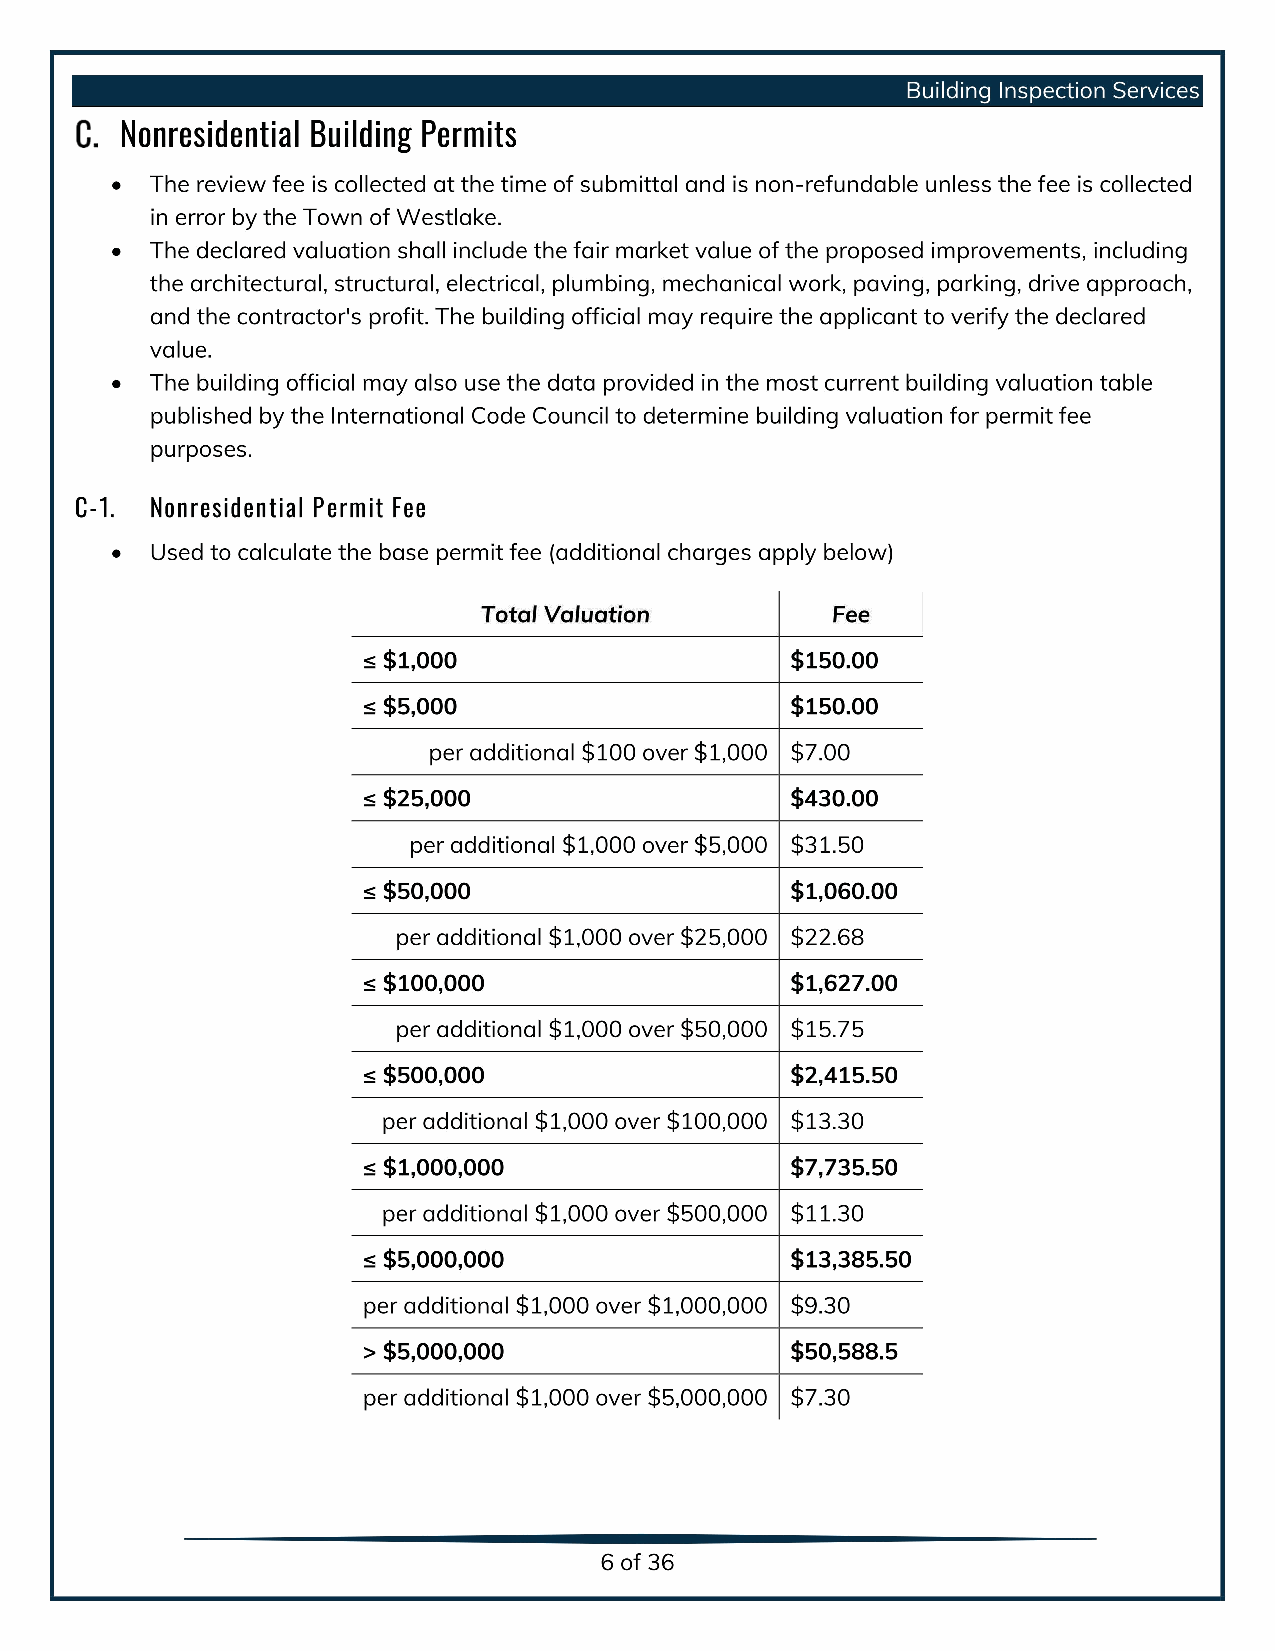
Building Inspection Services
 Nonresidential Building Permits
 The review fee iscollected atthe time ofsubmittal and isnon-refundable unless the fee iscollected
 in error bythe Town ofWestlake.
 The declared valuation shall include the fair market value of the proposed improvements, including
 the architectural, structural, electrical, plumbing, mechanical work, paving, parking, drive approach,
 and the contractor'sprofit. The building official may require the applicant to verify the declared
 value.
 The building official may also use the data provided inthe most current building valuation table
 published bythe International Code Council todetermine building valuation forpermit fee
 purposes.
 C-1. Nonresidential Permit Fee
 Used tocalculate the base permit fee (additional charges apply below)
 Total Valuation        Fee
 1,000 $                    150.00
 5,000 $                    150.00
 per additional $100 over $1,000 $ 7.00
 25,000 $                   430.00
 per additional $1,000 over $5,000 $ 31.50
 50,000 $                   1,060.00
 per additional $1,000over $25,000 $ 22.68
 100,000 $                  1,627.00
 per additional $1,000over $50,000 $ 15.75
 500,000 $                  2,415.50
 per additional $1,000 over $100,000 $ 13.30
 1,000,000 $                7,735.50
 per additional $1,000 over $500,000 $ 11.30
 5,000,000 $                13,385.50
 per additional $1,000 over $1,000,000 $ 9.30
 5,000,000 $                50,588.5
 per additional $1,000 over $5,000,000 $ 7.30
 6of36